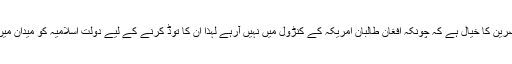
بعض مبصرین کا خیال ہے کہ چونکہ افغان طالبان امریکہ کے کنڑول میں نہیں آرہے لہذا ان کا توڈ کرنے کے لیے دولت اسلامیہ کو میدان میں اتارا گیا۔